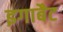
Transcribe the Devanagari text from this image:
इगाबैट